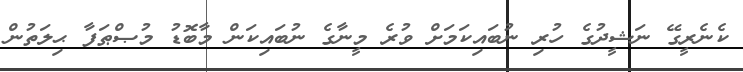
ކެނެރީގޭ ނަޝީދުގެ ހުރި ނުބައިކަމަށް ވުރެ މީނާގެ ނުބައިކަން މާބޮޑު މުޞްޠަފާ ޙިލަތުން